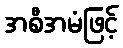
အစီအမံဖြင့်